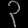
Digit: ၃